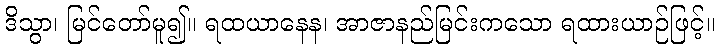
ဒိသွာ၊ မြင်တော်မူ၍။ ရထယာနေန၊ အာဇာနည်မြင်းကသော ရထားယာဉ်ဖြင့်။